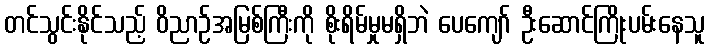
တင်သွင်းနိုင်သည့် ဝိညာဉ်အမြစ်ကြီးကို စိုးရိမ်မှုမရှိဘဲ ပေကျော် ဦးဆောင်ကြိုးပမ်းနေသူ